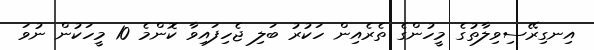
އިނގިރޭސިވިލާތުގެ މީހުންގެ ތެރެއިން ހަކުރު ބަލި ޖެހިފައިވާ ކޮންމެ 10 މީހަކުން ނުވަ